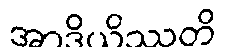
အာဒိယိဿတိ